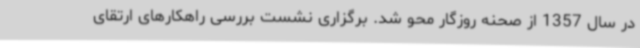
در سال 1357 از صحنه روزگار محو شد. برگزاری نشست بررسی راهکارهای ارتقای